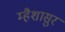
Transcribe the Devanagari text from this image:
म्हैशासुर